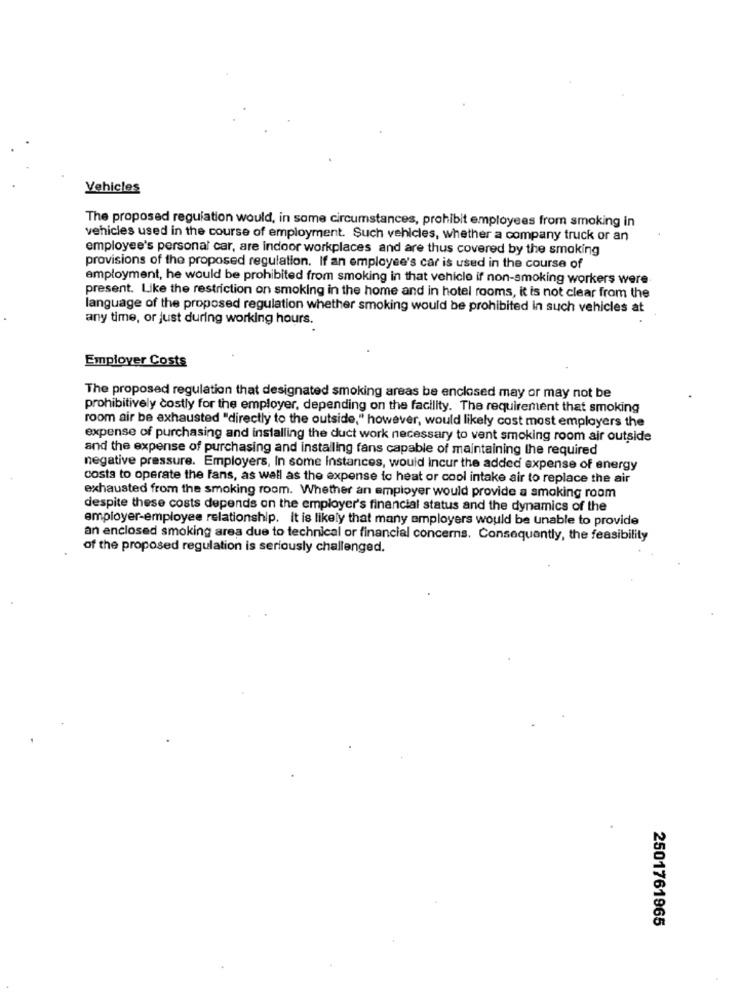
Vehicles
The proposed regulation would, in some circumstances, prohibit employees from smoking in
vehicles used in the course of employment. Such vehicles, whether a company truck or an
employee's personal car, are indoor workplaces and are thus covered by the smoking
provisions of the proposed regulation. If an employee's car is used in the course of
employment, he would be prohibited from smoking in that vehicle if non-smoking workers were
present. Like the restriction on smoking in the home and in hotel rooms, it is not clear from the
language of the proposed regulation whether smoking would be prohibited in such vehicles at
any time, or just during working hours.
Employer Costs
The proposed regulation that designated smoking areas be enclosed may or may not be
prohibitively costly for the employer, depending on the facility. The requirement that smoking
room air be exhausted "directly to the outside," however, would likely cost most employers the
expense of purchasing and installing the duct work necessary to vent smoking room air outside
and the expense of purchasing and installing fans capable of maintaining the required
negative pressure. Employers, In some Instances, would incur the added expense of energy
costa to operate the fans, as well as the expense to heat or cool intake air to replace the air
exhausted from the smoking room. Whether an employer would provide a smoking room
despite these costs depends on the employer's financial status and the dynamics of the
employer-employee relationship. It is likely that many employers would be unable to provide
an enclosed smoking area due to technical or financial concerns. Consequently, the feasibility
of the proposed regulation is seriously challenged.
2501761965